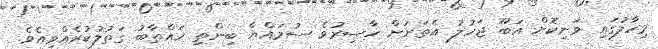
މިހާލުގައި ވަނިކޮށް އަބޫ ޖަހުލު އެތަނަށް ހާޟިރުވެ ސުމައްޔާ ބިންތި ޚައްތާބު ގަތުލުކުރެއްވިއެވެ.